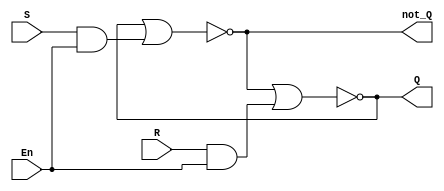
module sr_nor(S,R,En,Q,not_Q);

input S,R,En;
output Q,not_Q;

wire [3:0]temp;

nor u0(temp[0],temp[1],temp[2]);
nor u1(temp[1],temp[0],temp[3]);

and u2(temp[2],S,En);
and u3(temp[3],R,En);

assign Q= temp[1];
assign not_Q= temp[0];

endmodule